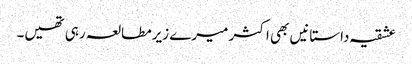
عشقیہ داستانیں بھی اکثر میرے زیرمطالعہ رہی تھیں۔